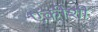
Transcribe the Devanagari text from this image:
एकीशी